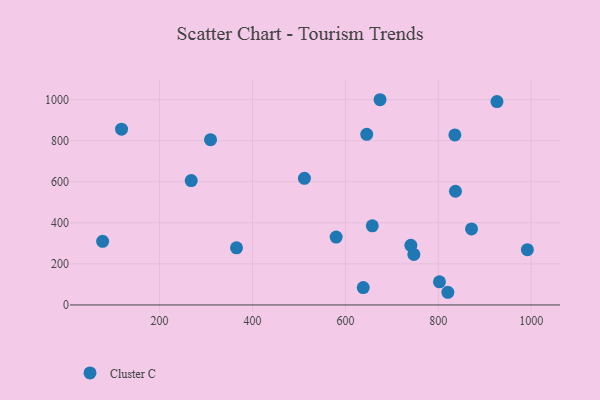
{"axis": {"x": "Distance", "y": "Profit"}, "legend": ["Cluster C"], "data": [{"x": "747.3", "y": 246.0, "type": "Cluster C"}, {"x": "836.9", "y": 553.8, "type": "Cluster C"}, {"x": "638.4", "y": 84.6, "type": "Cluster C"}, {"x": "511.8", "y": 616.9, "type": "Cluster C"}, {"x": "657.9", "y": 385.6, "type": "Cluster C"}, {"x": "835.6", "y": 828.2, "type": "Cluster C"}, {"x": "871.5", "y": 370.2, "type": "Cluster C"}, {"x": "645.9", "y": 831.4, "type": "Cluster C"}, {"x": "674.6", "y": 999.7, "type": "Cluster C"}, {"x": "118.1", "y": 856.4, "type": "Cluster C"}, {"x": "580.1", "y": 330.7, "type": "Cluster C"}, {"x": "309.7", "y": 805.0, "type": "Cluster C"}, {"x": "991.7", "y": 269.1, "type": "Cluster C"}, {"x": "820.5", "y": 61.8, "type": "Cluster C"}, {"x": "77.4", "y": 310.0, "type": "Cluster C"}, {"x": "802.5", "y": 112.9, "type": "Cluster C"}, {"x": "365.6", "y": 278.2, "type": "Cluster C"}, {"x": "926.2", "y": 990.6, "type": "Cluster C"}, {"x": "268.1", "y": 605.7, "type": "Cluster C"}, {"x": "740.9", "y": 290.7, "type": "Cluster C"}]}